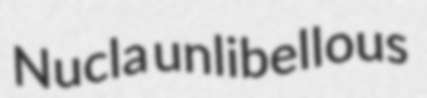
Nucla unlibellous